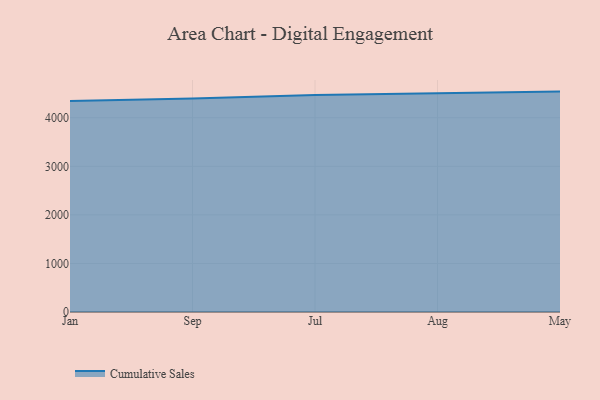
{"axis": {"x": "Month", "y": "Temperature (°C)"}, "legend": ["Cumulative Sales"], "data": [{"x": "Jan", "y": 4347.7, "type": "Cumulative Sales"}, {"x": "Sep", "y": 4396.0, "type": "Cumulative Sales"}, {"x": "Jul", "y": 4468.4, "type": "Cumulative Sales"}, {"x": "Aug", "y": 4506.2, "type": "Cumulative Sales"}, {"x": "May", "y": 4539.4, "type": "Cumulative Sales"}]}